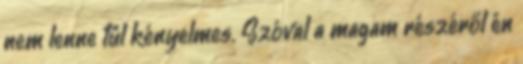
nem lenne túl kényelmes. Szóval a magam részéről én